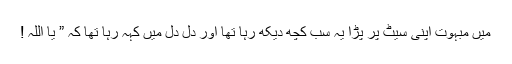
میں مبہوت اپنی سیٹ پر پڑا یہ سب کچھ دیکھ رہا تھا اور دل دل میں کہہ رہا تھا کہ ” یا اللہ !